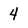
Character: 4